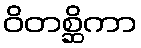
ဝိတစ္ဆိကာ